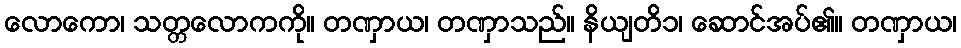
လောကော၊ သတ္တလောကကို။ တဏှာယ၊ တဏှာသည်။ နိယျတိ၁၊ ဆောင်အပ်၏။ တဏှာယ၊